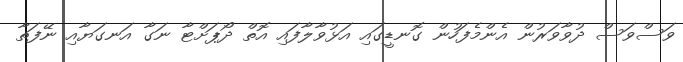
ވަސްވަސް ދުވާވަރުން އެންމެފަހުން ގޮނޑީގައި އަޅުވާލާފައި އޮތް ދޯޕަށްޓާ ނަގާ އަނގަޔާއި ނޭފަތާ